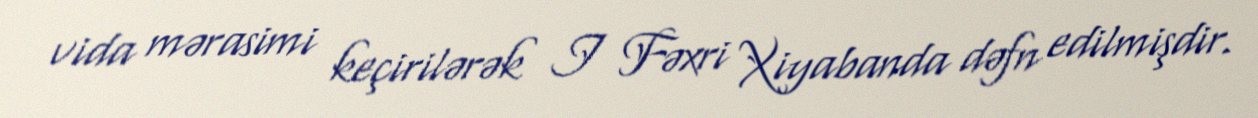
vida mərasimi keçirilərək I Fəxri Xiyabanda dəfn edilmişdir.